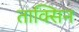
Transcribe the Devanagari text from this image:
ताक्सिन